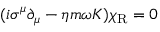
( i \sigma ^ { \mu } \partial _ { \mu } - \eta m \omega K ) \chi _ { \mathrm { { R } } } = 0